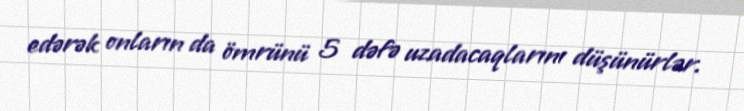
edərək onların da ömrünü 5 dəfə uzadacaqlarını düşünürlər.